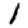
Digit: 1